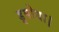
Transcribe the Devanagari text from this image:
डुबोया।